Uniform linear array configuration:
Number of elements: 32
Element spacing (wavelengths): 1
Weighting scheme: exponential
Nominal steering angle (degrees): -45
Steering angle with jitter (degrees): -46.742
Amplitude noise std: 0.05
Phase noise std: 0.05

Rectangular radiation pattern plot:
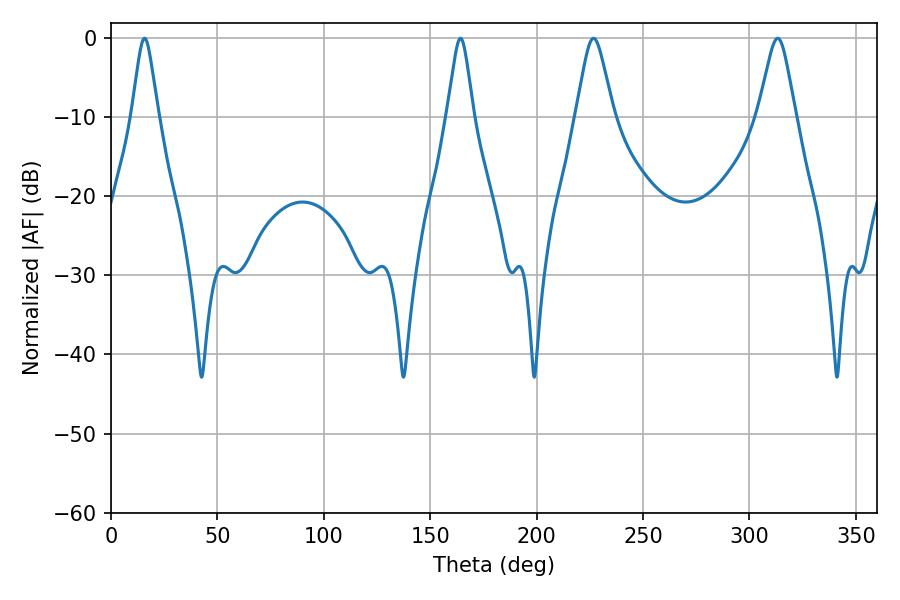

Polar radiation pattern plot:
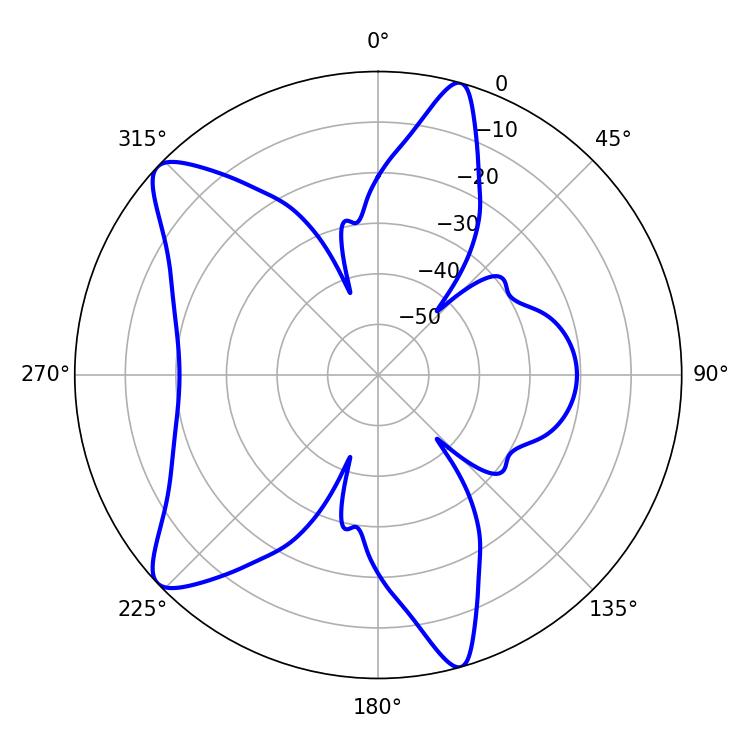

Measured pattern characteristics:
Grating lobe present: TRUE
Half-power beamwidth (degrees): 8.46
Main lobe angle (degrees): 226.8